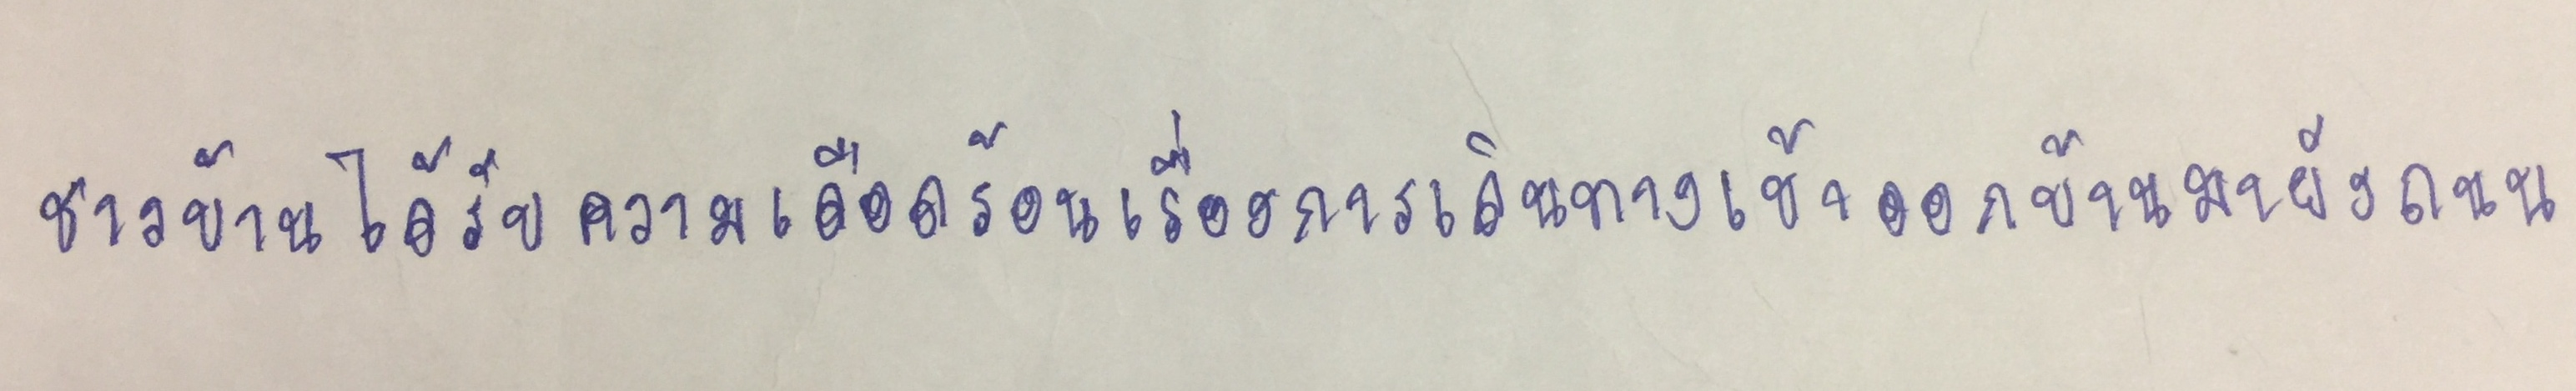
ชาวบ้านได้รับความเดือดร้อนเรื่องการเดินทางเข้าออกบ้านมายังถนน